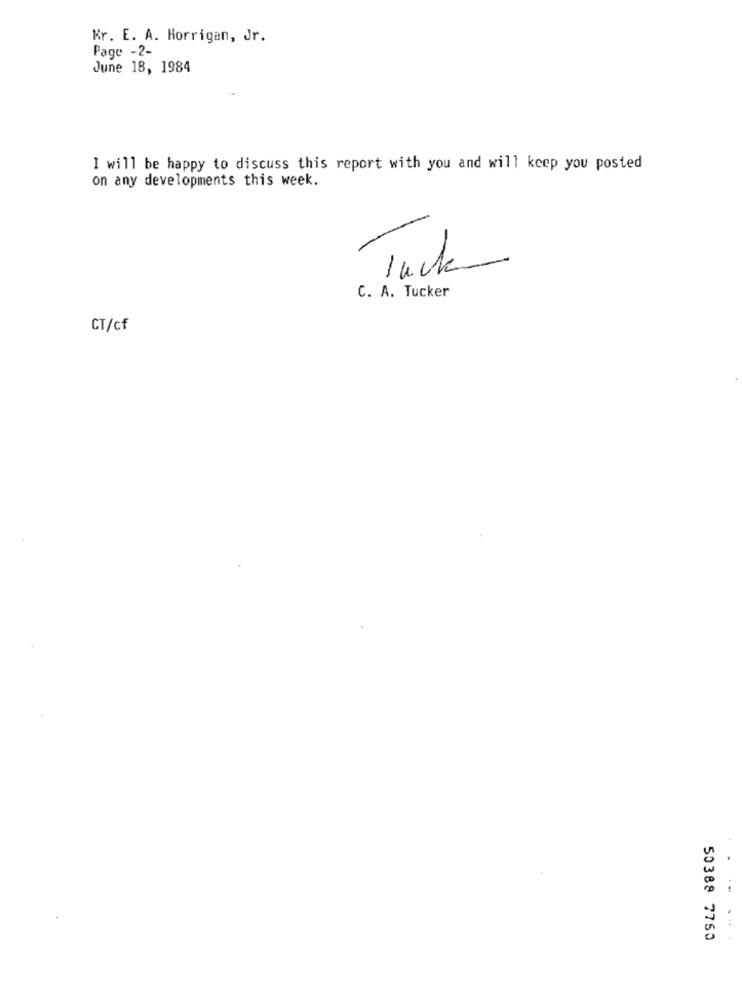
Kr. E. A. Horrigan, Jr.
Page -2-
June 18, 1984
I will be happy to discuss this report with you and will keep you posted
on any developments this week.
Tack
C. A. Tucker
CT/cf
50388 7750